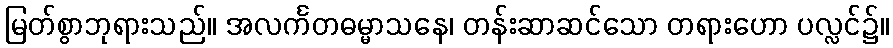
မြတ်စွာဘုရားသည်။ အလင်္ကတဓမ္မာသနေ၊ တန်းဆာဆင်သော တရားဟော ပလ္လင်၌။